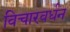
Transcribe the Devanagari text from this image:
विचारवर्धन